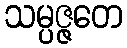
သမ္ပဇ္ဇတေ